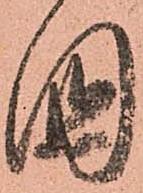
國